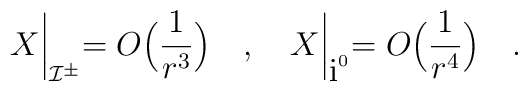
X\biggl |_{{\cal I}^{\pm}}=O\Bigl(\frac{1}{r^3}\Bigr)\quad ,\quad X\biggl |_{{\mbox i}^0}=O\Bigl(\frac{1}{r^4}\Bigr)\quad .